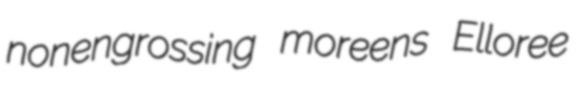
nonengrossing moreens Elloree